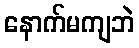
နောက်မကျဘဲ